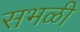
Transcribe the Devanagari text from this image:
सभळी